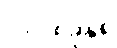
၁၉၉၈ခုနှစ်